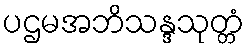
ပဌမအဘိသန္ဒသုတ္တံ